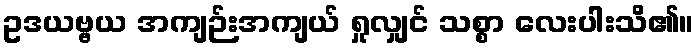
ဥဒယဗ္ဗယ အကျဉ်းအကျယ် ရှုလျှင် သစ္စာ လေးပါးသိ၏။